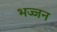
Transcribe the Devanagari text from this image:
भज्जन